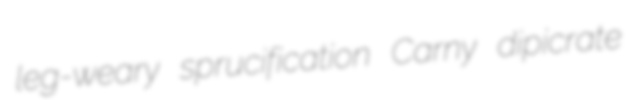
leg-weary sprucification Carny dipicrate